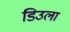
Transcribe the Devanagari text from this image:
डिउला